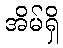
အိမ်ရှိ